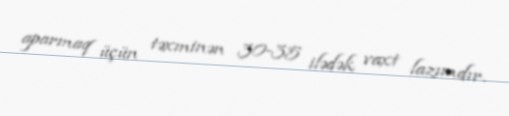
aparmaq üçün təxminən 30-35 ilədək vaxt lazımdır.